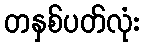
တနှစ်ပတ်လုံး